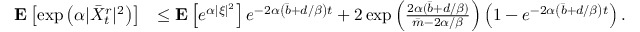
\begin{array} { r l } { \mathbf { E } \left[ \exp \left( \alpha | \Bar { X } _ { t } ^ { r } | ^ { 2 } \right) \right] } & { \le \mathbf { E } \left[ e ^ { \alpha | \xi | ^ { 2 } } \right] e ^ { - 2 \alpha \left( \Bar { b } + d / \beta \right) t } + 2 \exp \left( \frac { 2 \alpha ( \Bar { b } + d / \beta ) } { \Bar { m } - 2 \alpha / \beta } \right) \left( 1 - e ^ { - 2 \alpha \left( \Bar { b } + d / \beta \right) t } \right) . } \end{array}